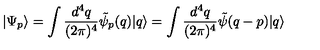
| \Psi _ { p } \rangle = \int \frac { d ^ { 4 } q } { ( 2 \pi ) ^ { 4 } } \tilde { \psi } _ { p } ( q ) | q \rangle = \int \frac { d ^ { 4 } q } { ( 2 \pi ) ^ { 4 } } \tilde { \psi } ( q - p ) | q \rangle